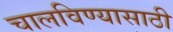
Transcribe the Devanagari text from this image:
चालविण्‍यासाठी